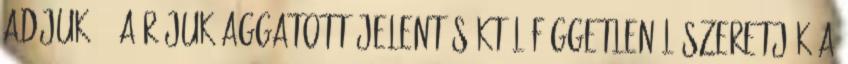
adjuk -, a rájuk aggatott jelentésüktől függetlenül szeretjük a